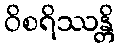
ဝိစရိဿန္တိ